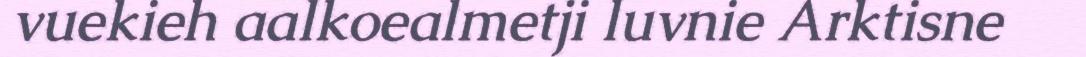
vuekieh aalkoealmetji luvnie Arktisne